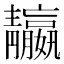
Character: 𩇤